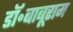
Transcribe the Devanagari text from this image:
डॉ॰बाबूराम